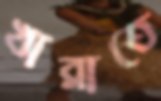
খাব্‌লাতে